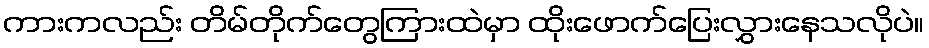
ကားကလည်း တိမ်တိုက်တွေကြားထဲမှာ ထိုးဖောက်ပြေးလွှားနေသလိုပဲ။